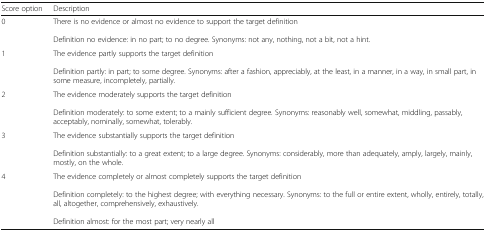
<table><thead><tr><td><b>Score option</b></td><td><b>Description</b></td></tr></thead><tbody><tr><td>0</td><td>There is no evidence or almost no evidence to support the target definitionDefinition no evidence: in no part; to no degree. Synonyms: not any, nothing, not a bit, not a hint.</td></tr><tr><td>1</td><td>The evidence partly supports the target definitionDefinition partly: in part; to some degree. Synonyms: after a fashion, appreciably, at the least, in a manner, in a way, in small part, in some measure, incompletely, partially.</td></tr><tr><td>2</td><td>The evidence moderately supports the target definitionDefinition moderately: to some extent; to a mainly sufficient degree<i>.</i> Synonyms: reasonably well, somewhat, middling, passably, acceptably, nominally, somewhat, tolerably.</td></tr><tr><td>3</td><td>The evidence substantially supports the target definitionDefinition substantially: to a great extent; to a large degree. Synonyms: considerably, more than adequately, amply, largely, mainly, mostly, on the whole.</td></tr><tr><td>4</td><td>The evidence completely or almost completely supports the target definitionDefinition completely: to the highest degree; with everything necessary. Synonyms: to the full or entire extent, wholly, entirely, totally, all, altogether, comprehensively, exhaustively.Definition almost: for the most part; very nearly all</td></tr></tbody></table>